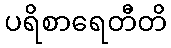
ပရိစာရေတီတိ